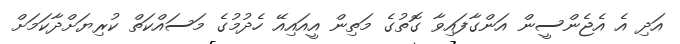
އަދި އެ އެޖެންސީން އަންގާފައިވާ ގޮތުގެ މަތިން އީއައިއޭ ހެދުމުގެ މަސައްކަތް ކުރިޔަށްދާކަމަށް